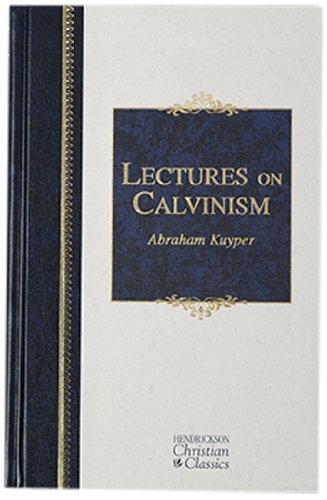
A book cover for Lectures on Calvinism: Six Lectures Delivered at Princeton University, 1898 Under the Auspices of the L. P. Stone Foundation (Hendrickson Christian Classics); Abraham Kuyper; Christian Books & Bibles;